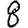
Digit: 8